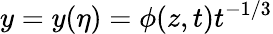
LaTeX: y=y(\eta)=\phi(z,t)t^{-1/3}